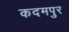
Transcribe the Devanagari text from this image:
कदमपुर